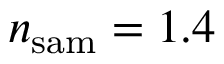
n _ { \mathrm { s a m } } = 1 . 4